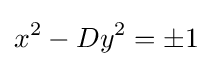
x^{2}-Dy^{2}=\pm 1